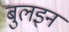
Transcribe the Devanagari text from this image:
बुलइन